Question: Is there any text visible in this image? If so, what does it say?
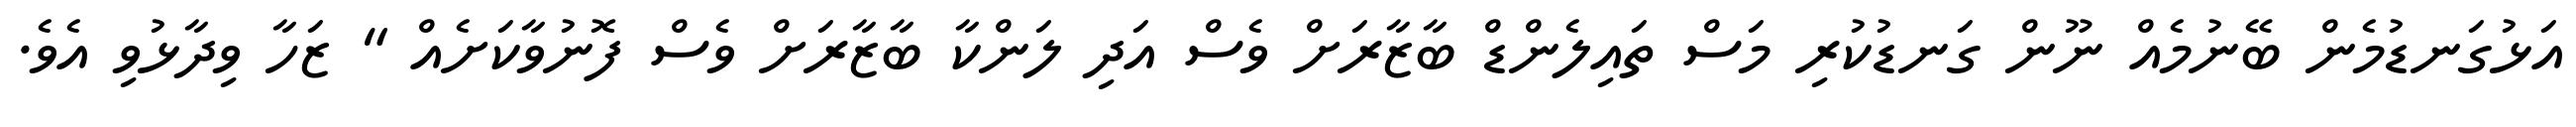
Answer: އަޅުގަނޑުމެން ބޭނުމެއް ނޫން ގަނޑުކުރި މަސް ތައިލެންޑް ބާޒާރަށް ވެސް އަދި ލަންކާ ބާޒާރަށް ވެސް ފޮނުވާކަށެއް " ޒަހާ ވިދާޅުވި އެވެ.